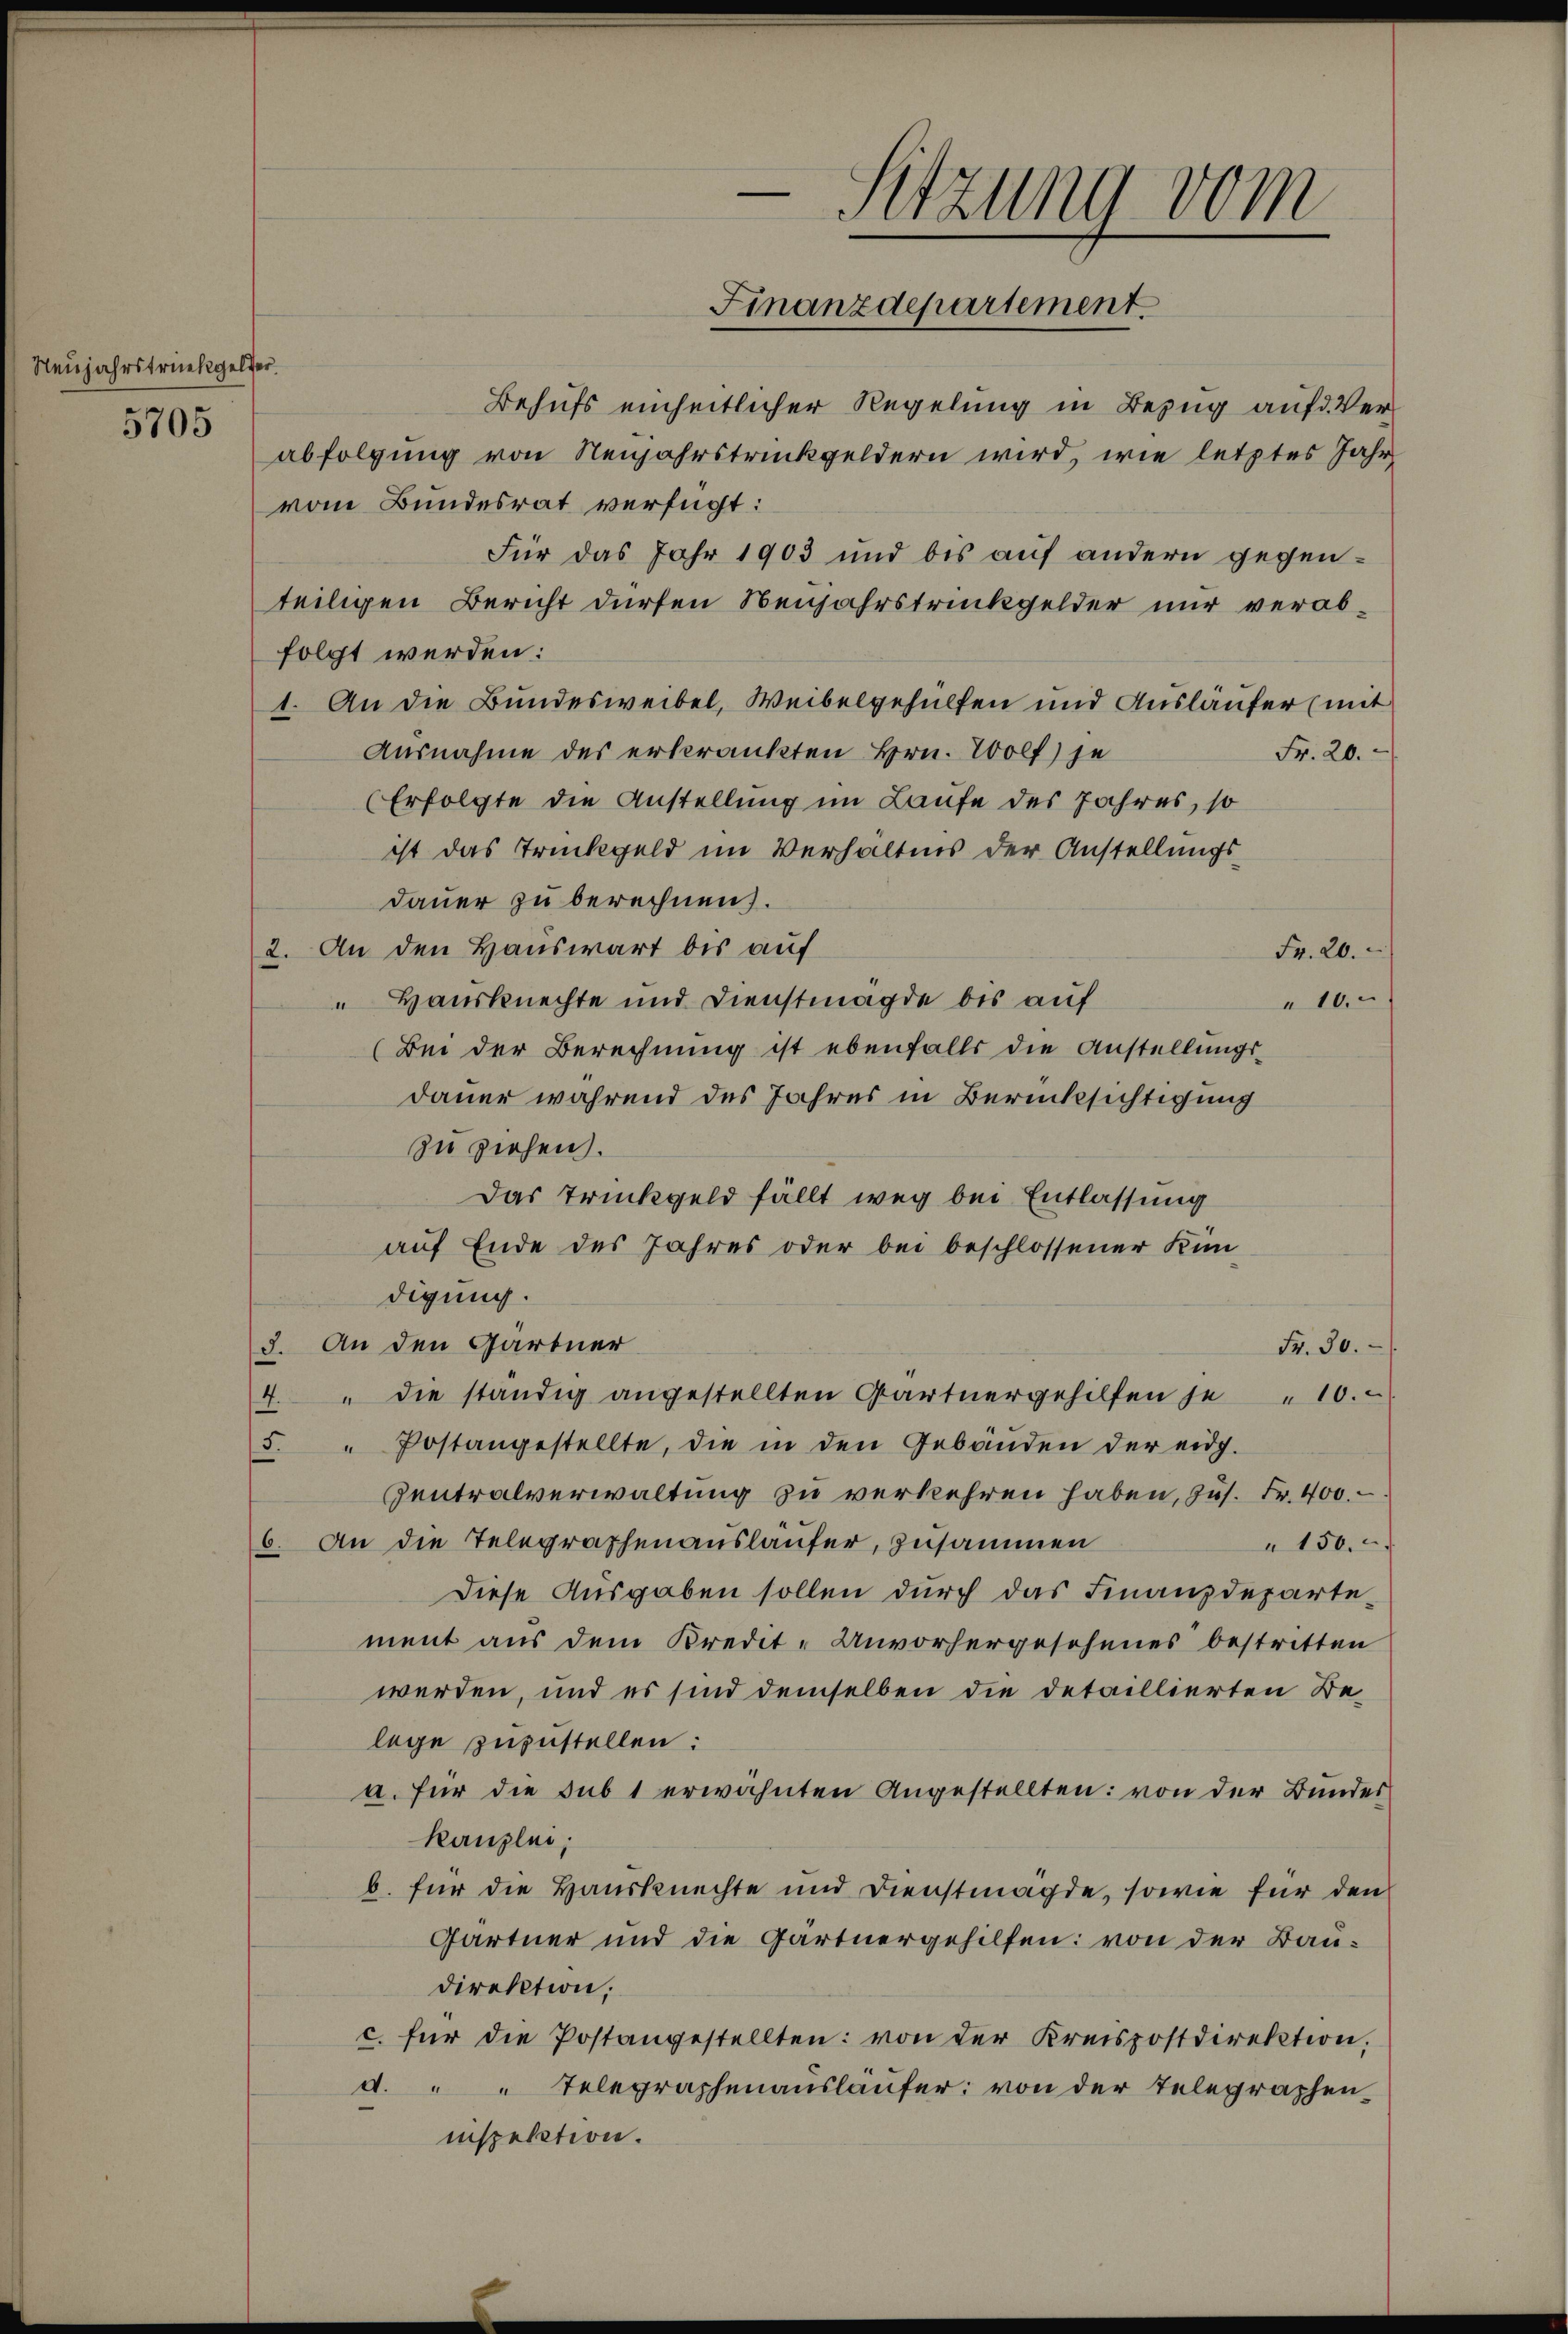
Neujahrstrückgelder.

5705

-Sitzung vom
Finanzdepartement.

Behufs einheitlicher Regelung in Bezug aufd. Verabfolgung von Neujahrstrückgeldern wird, wie letztes Jahr
vom Bundesrat verfügt:
Für das Jahr 1903 und bis auf andern gegenteiligen Bericht dürfen Neujahrstrinkgelder nur verabfolgt werden:
1. An die Bundesweibel, Weibelgehülfen und Ausläufer (mit
Ausnahme des erberankten Hrn. Wolf) je
Fr. 20.
(Erfolgte die Anstellung im Laufe des Jahres, so
ist das Trückgeld im Verhältnis der Anstellungsdauer zu berechnen.
2. An den Hauswart bis auf
Fr. 20.
"Hausknechte und Dienstmagde bis auf
10.
(Bei der Berechnung ist ebenfalls die Anstellungsdauer während des Jahres in Berücksichtigung
zu ziehen.
Das Trinkgeld fällt weg bei Entlassung
auf Ende des Jahres oder bei beschlossener Kin
digung.
3. An den Gärtner
Fr. 30.
" die ständig angestellten Gärtnergehilfen je 10.
4.
5. " Postangestellte, die in den Gebäŭden der eidg.
Zentralverwaltung zu verkehren haben, zus. Fr. 400.
6. An die Telegraphenausläufer, zusammen
150.
Diese Ausgaben sollen durch das Finanzdepartement aus dem Kredit-Unvorhergeschenes bestritten
werden, und es sind demselben die detaillierten Belege zuzustellen:
a. für die sub 1 erwähnten Angestellten: von der Bundes
Kanzlei,
b. für die Hausknechte und Dienstmägde, sowie für den
Gärtner und die Gärtnergehilfen: von der Baudirektion,
c. für die Postangestellten: von der Kreispostdirektion,
d. " " Telegraphenausläufer von der Telegrapheninspelation.